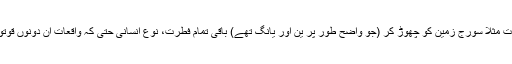
چند ایک معروضات مثلاً سورج زمین کو چھوڑ کر (جو واضح طور پر ین اور یانگ تھے) باقی تمام فطرت، نوع انسانی حتیٰ کہ واقعات ان دونوں قوتوں کا امتزاج تھے۔